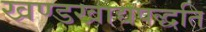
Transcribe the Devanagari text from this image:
खण्डखाद्यपद्धति